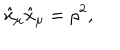
\hat { x } _ { \mu } \hat { x } _ { \mu } = \rho ^ { 2 } ,